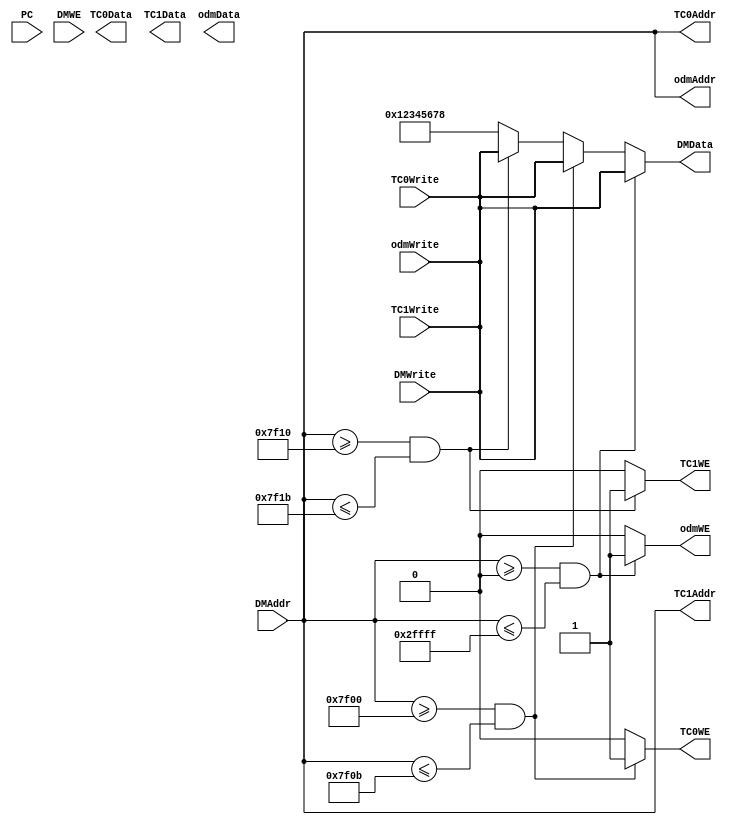
`timescale 1ns / 1ps
//////////////////////////////////////////////////////////////////////////////////
// Company: 
// Engineer: 
// 
// Design Name: 
// Module Name:    brige 
// Project Name: 
// Target Devices: 
// Tool versions: 
// Description: 
//
// Dependencies: 
//
// Revision: 
// Revision 0.01 - File Created
// Additional Comments: 
//
//////////////////////////////////////////////////////////////////////////////////
module brige(
	input [31:0] PC,
	// instodo
	input [31:0] DMAddr,
	input [31:0] DMWrite,
	input DMWE,
	output [31:0] DMData,
	// tc0
	output [31:0] TC0Data,
	output [31:0] TC0Addr,
	output TC0WE,
	input [31:0] TC0Write,
	// tc1
	output [31:0] TC1Data, 
	output [31:0] TC1Addr,
	output TC1WE,
	input [31:0] TC1Write,
	// odm
	output [31:0] odmData,
	output [31:0] odmAddr,
	output odmWE,
	input [31:0] odmWrite
    );
	
	// 
	assign TC0Addr = DMAddr;
	assign TC1Addr = DMAddr;
	assign odmAddr = DMAddr;
	
	// 
	assign DMData = (DMAddr >= 32'h0 && DMAddr <= 32'h2ffff) ? odmWrite :
						  (DMAddr >= 32'h7f00 && DMAddr <= 32'h7f0b) ? TC0Write :
						  (DMAddr >= 32'h7f10 && DMAddr <= 32'h7f1b) ? TC1Write :
						  32'h12345678;
	
	// 
	assign odmWE = (DMAddr >= 32'h0 && DMAddr <= 32'h2ffff) ? 1'b1 :
						1'b0;
						
	assign TC0WE = (DMAddr >= 32'h7f00 && DMAddr <= 32'h7f0b) ? 1'b1 :
						1'b0;
						
	assign TC1WE = (DMAddr >= 32'h7f10 && DMAddr <= 32'h7f1b) ? 1'b1 :
						1'b0;
	
	// 
	/*
	assign TC0Data = DMData;
	assign TC1Data = DMData;
	assign odmData = DMData;
	*/
	
	/*
	assign TC0Data = odmWrite;
	assign TC1Data = odmWrite;
	assign odmData = odmWrite;
	*/
	
	assign TC0Write = DMWrite;
	assign TC1Write = DMWrite;
	assign odmWrite = DMWrite;

endmodule